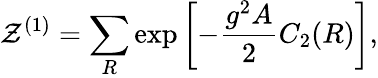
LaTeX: {\cal Z}^{(1)}=\sum_{R}\exp\left[-{\frac{g^{2}A}{2}}C_{2}(R)\right],